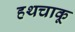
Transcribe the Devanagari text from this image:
हथचाकू